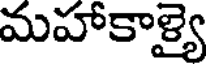
మహాకాళ్యై